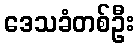
ဒေသခံတစ်ဦး